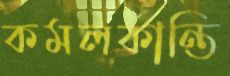
কমলকান্তি